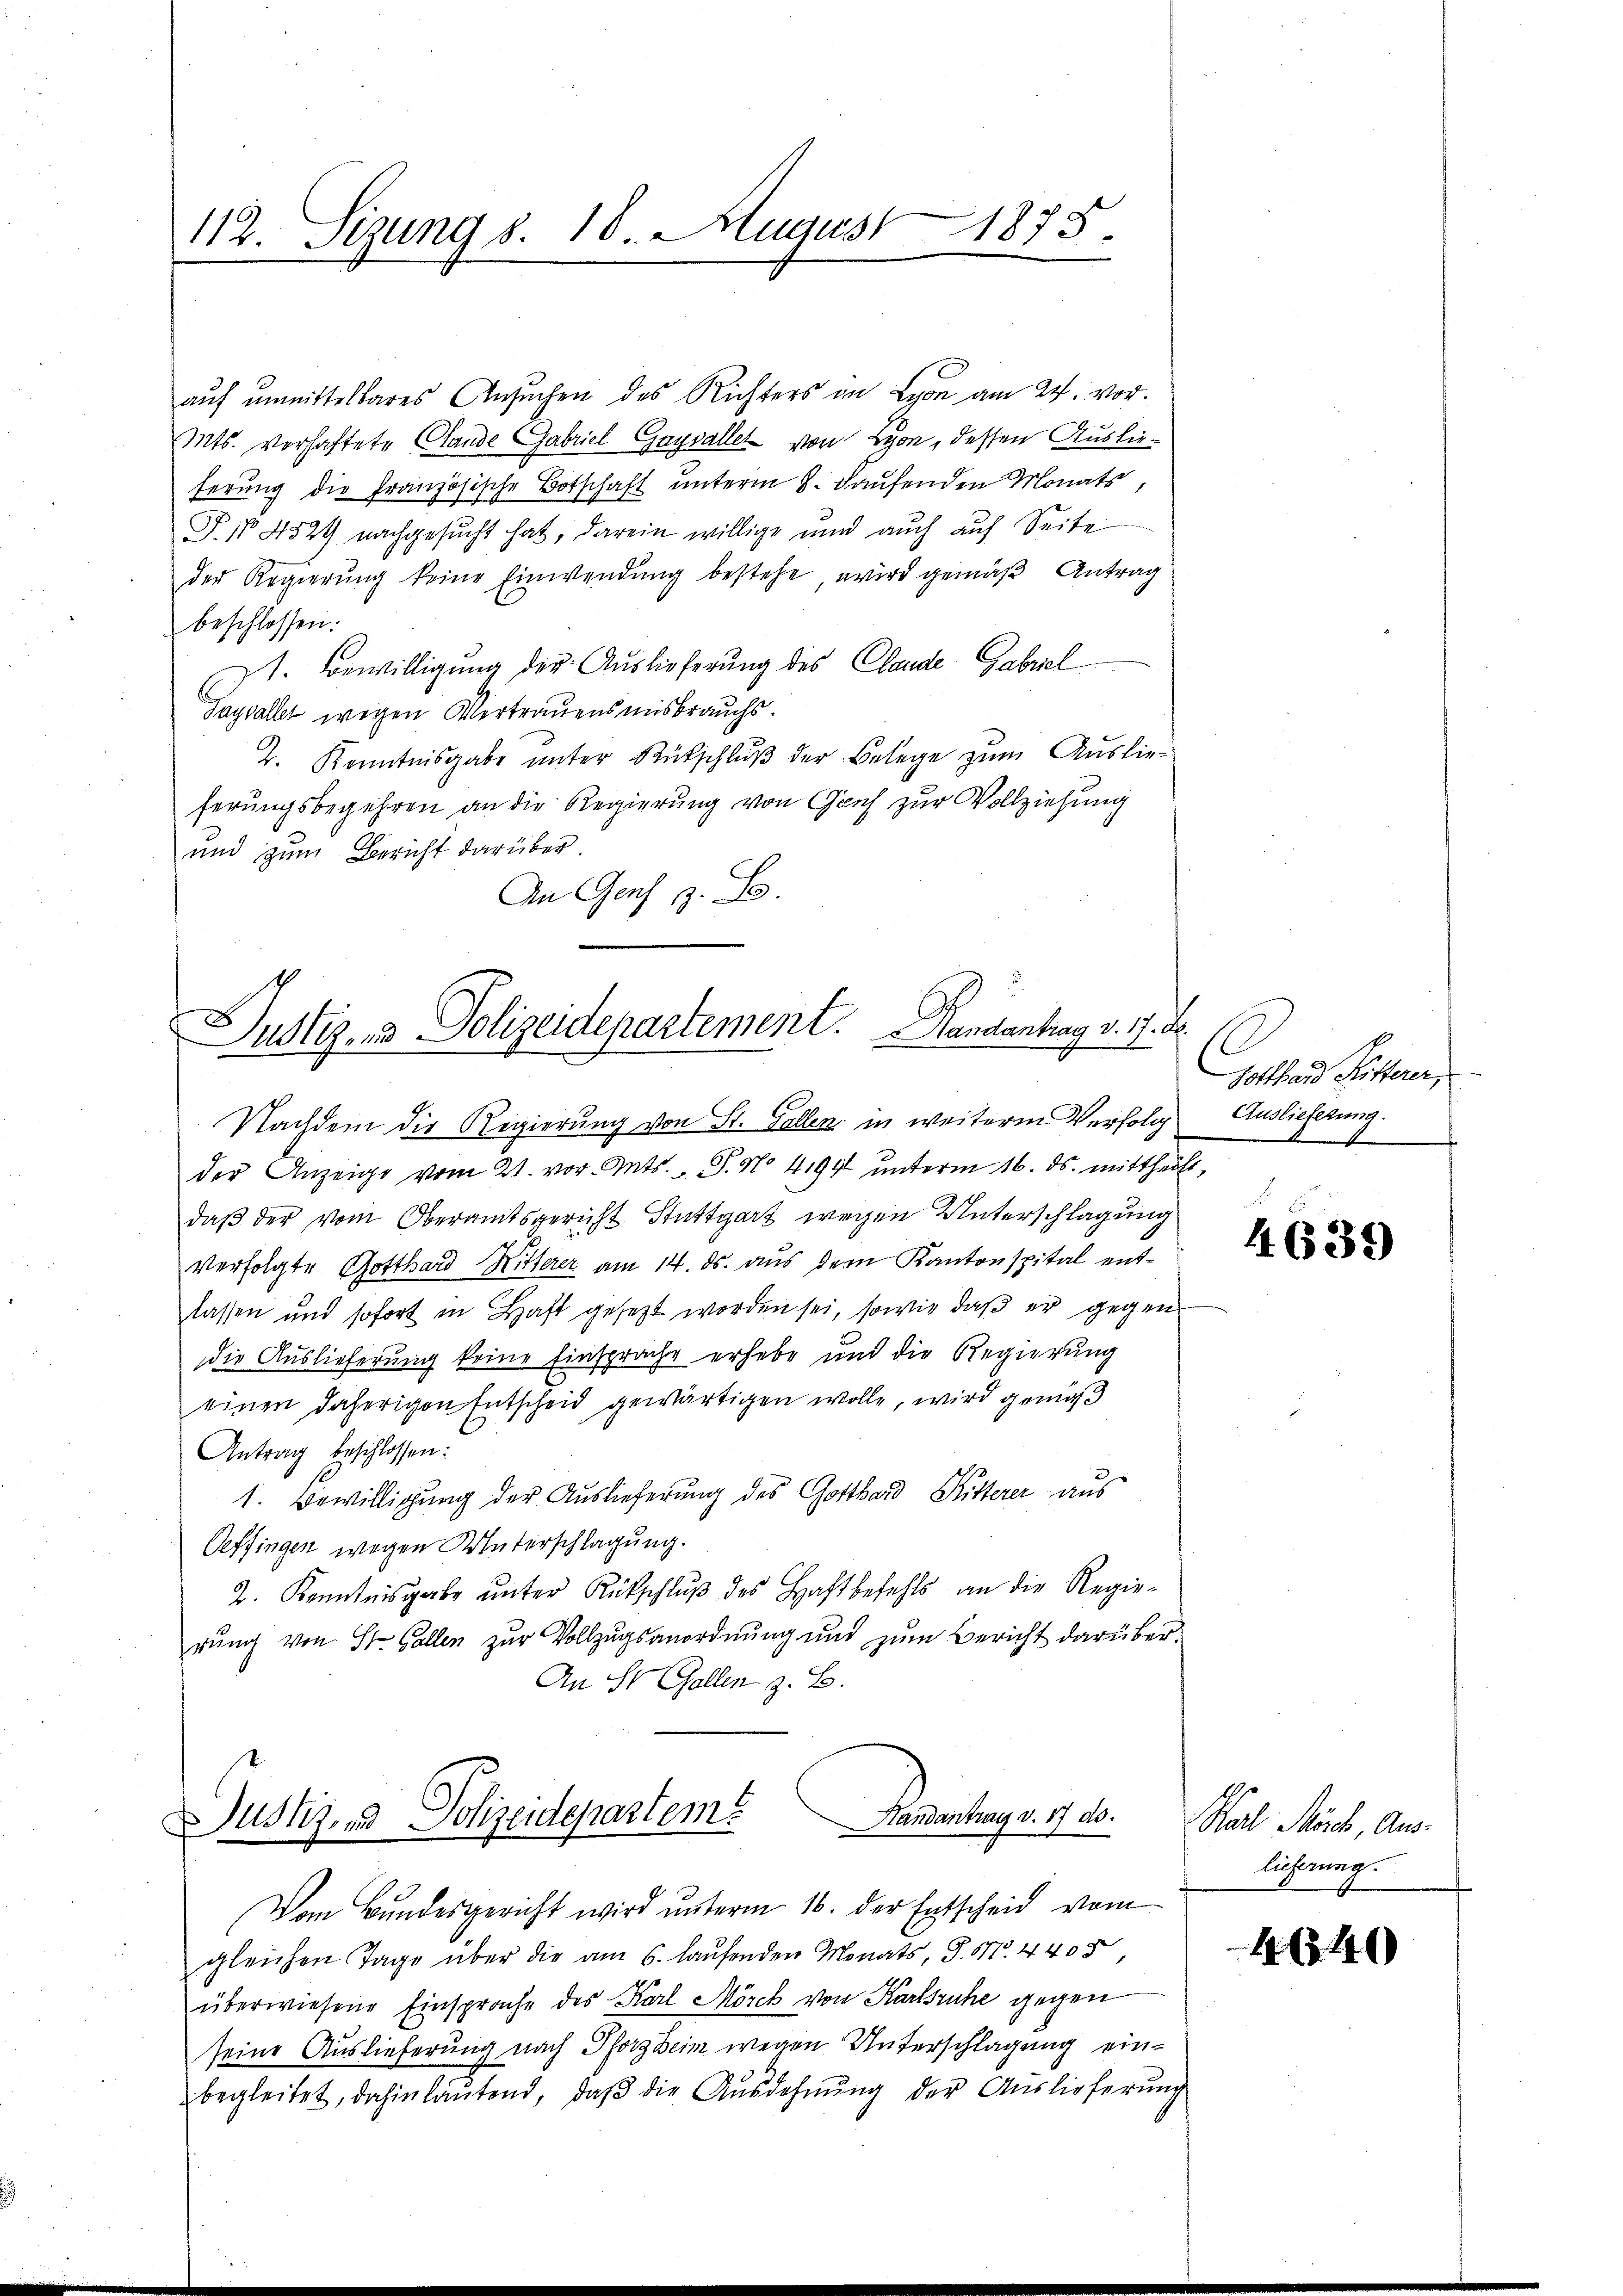
112. Sezung d. 18. August 1875.

auf unmittelbares Ansuchen des Richters in Lyon am 24. vor.
Mts. verhaftete Glande Gabriel Gaysallet von Lyon, dessen Auslieferung die Französische Botschaft unterm 8. Laufenden Monats,
P.N 4529 nachgesucht hat, darein willige und auch auf Seite
der Regierung keine Einwendung bestehe, wird gemäß Antrag
beschlossen:
I. Bewilligung der Auslieferung des Claude Gabriel
Tagfallet wegen Vertrauensmisbrauchs.
2. Kenntnisgabe unter Rückschlŭβ der Belege zum Auslie-
ferungsbegehren an die Regierung von Genf zur Vollziehung
und zum Bericht darüber.
An Genf z. B.

Justiz- & Polizeidepartement. Handantrag v. 17. d.

Nachdem die Regierung von St. Gallen in weitere Verfolg Auslieferung.
der Anzeige vom 21. vor. Mts. S. No. 4199 unterm 16. ds. mittheilt,
daβ der vom Oberamtsgericht Stuttgart wegen Unterschlagung
verfolgte Gotthard Ritterer am 14. ds. aus dem Kantonspital entlassen und sofort in Haft gesetzt worden sei, sowie daß er gegen
die Auslieferung keine Einsprache erhebe und die Regierung
einen daherigen Entscheid gewärtigen wolle, wird gemäß
Antrag beschlossen:
1. Bewilligung der Auslieferung des Gotthard Ritterer aus
Oeffingen wegen Unterschlagung.
2. Kenntnisgabe ŭnter Rückschlŭβ des Haftbefehls an die Regie-
rŭng von St. Gallen zur Vollzugsanordnung und zŭm Bericht darüber¬
An St. Gallen z. B.
ustiz- und Polizeidepartem Handantrag v. 17 ds. Karl Mösch, Aus-
Vom Bundesgericht wird unterm 16. der Entscheid vom
gleichen Tage über die am 6. laŭfenden Monats, S. Nr. 4400
überwiesene Einsprache des Karl Mörck von Karlsruhe gegen
seine Auslieferung nach Pforzheim wegen Unterschlagung einbegleitet, dahin lautend, daß die Ausdehnung der Auslieferung

Gotthard Ritterer,
d

4639

lieferung.

4640